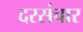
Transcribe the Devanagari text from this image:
दरसंचार